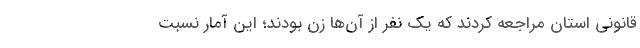
قانونی استان مراجعه کردند که یک نفر از آن‌ها زن بودند؛ این آمار نسبت